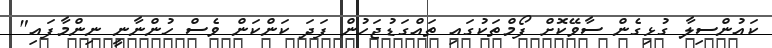
ކައުންސިލާ ގުޅިގެން ސާވޭކޮށް ފޯމްތަކުގައި ތައްގަޑުޖަހުން ފަދަ ކަންކަން ވެސް ހުންނާނީ ނިންމާފައި"